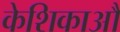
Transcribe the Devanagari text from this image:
केशिकाऔ